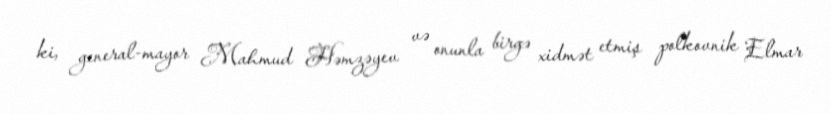
ki, general-mayor Mahmud Həmzəyev və onunla birgə xidmət etmiş polkovnik Elmar